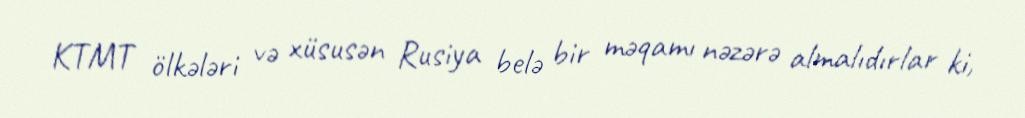
KTMT ölkələri və xüsusən Rusiya belə bir məqamı nəzərə almalıdırlar ki,